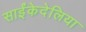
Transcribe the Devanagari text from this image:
साईंकेदेलिया